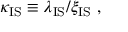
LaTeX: \kappa _ { \mathrm { I S } } \equiv \lambda _ { \mathrm { I S } } / \xi _ { \mathrm { I S } } \ ,